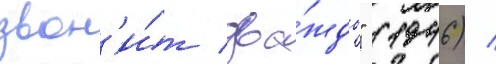
звон'и́т два́жды" (1946) /